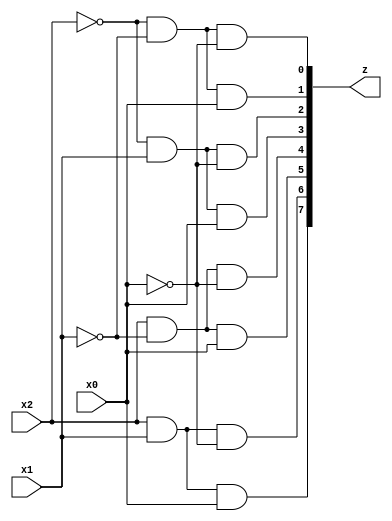
module three_to_8_decoder(z,x0,x1,x2);
  input x0,x1,x2;
  output [7:0]z;
  wire p0,p1,p2;
  not (p0,x0);
  not (p1,x1);
  not (p2,x2);
  and (z[0],p2,p1,p0);
  and (z[1],p2,p1,x0);
  and (z[2],p2,x1,p0);
  and (z[3],p2,x1,x0);
  and (z[4],x2,p1,p0);
  and (z[5],x2,p1,x0);
  and (z[6],x2,x1,p0);
  and (z[7],x2,x1,x0);
endmodule